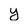
Character: y